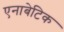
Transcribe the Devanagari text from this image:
एनाबेटिक